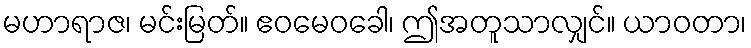
မဟာရာဇ၊ မင်းမြတ်။ ဧဝမေဝခေါ၊ ဤအတူသာလျှင်။ ယာဝတာ၊